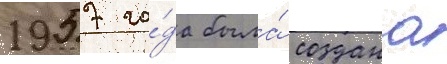
1957 го́да была́ создана